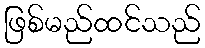
ဖြစ်မည်ထင်သည်